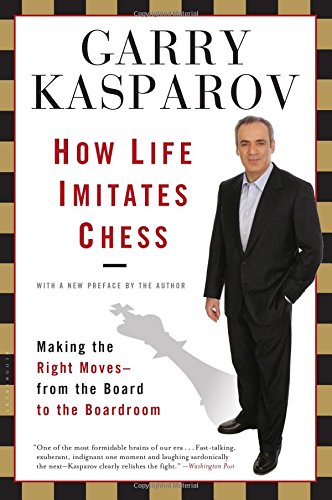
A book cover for How Life Imitates Chess: Making the Right Moves, from the Board to the Boardroom; Garry Kasparov; Humor & Entertainment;